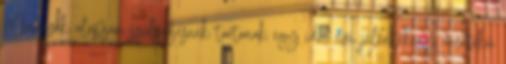
Mindezek alapján szükségesnek tartanak egy idei évi jelentékeny mértékű